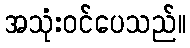
အသုံးဝင်ပေသည်။